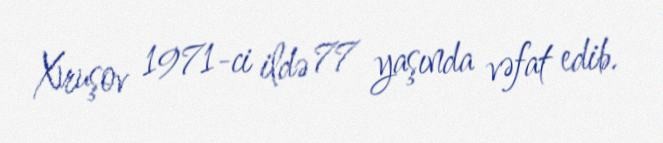
Xruşov 1971-ci ildə 77 yaşında vəfat edib.